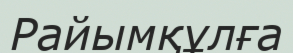
Райымқұлға